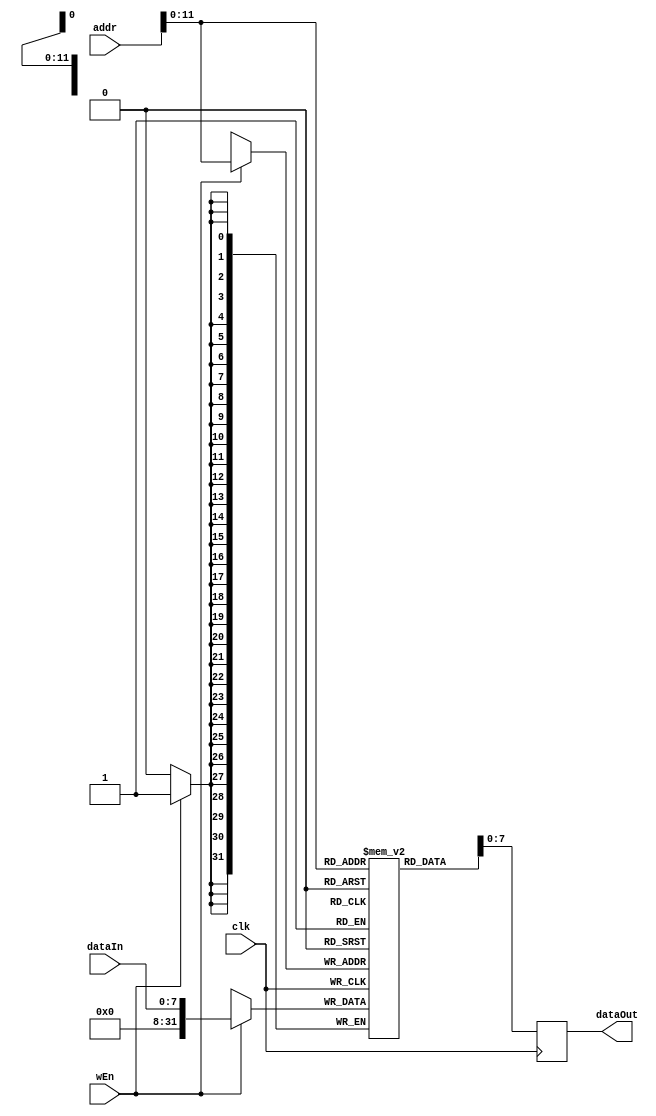
`timescale 1ns / 1ps
module RAM_simple #( parameter DATA_WIDTH = 8, ADDRESS_WIDTH = 14, DEPTH = 4096) (
    input wire                     clk,
    input wire                     wEn,
    input wire [ADDRESS_WIDTH-1:0] addr,
    input wire [DATA_WIDTH-1:0]    dataIn,
    output reg [DATA_WIDTH-1:0]    dataOut);
    
    reg[31:0] MemoryArray[0:DEPTH-1];
    
    integer i;
    initial begin
        for (i = 0; i < DEPTH; i = i + 1) begin
            MemoryArray[i] <= 8'd0;
        end
        // if(MEMFILE > 0) begin
        //     $readmemh(MEMFILE, MemoryArray);
        // end
    end
    always @(posedge clk) begin
        if(wEn) begin
            MemoryArray[addr] <= dataIn;    
        end
        dataOut <= MemoryArray[addr];
    end
                        
endmodule